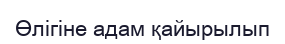
Өлігіне адам қайырылып